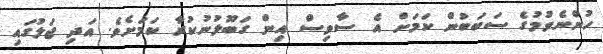
ހުންނެވުމުގެ ސަބަބުން ކަމަށް އެ ސާވިސް އިން ގަބޫލުނުކުރާ ކަމަށެވެ. އަދި ޖަލުގައި